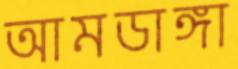
আমডাঙ্গা